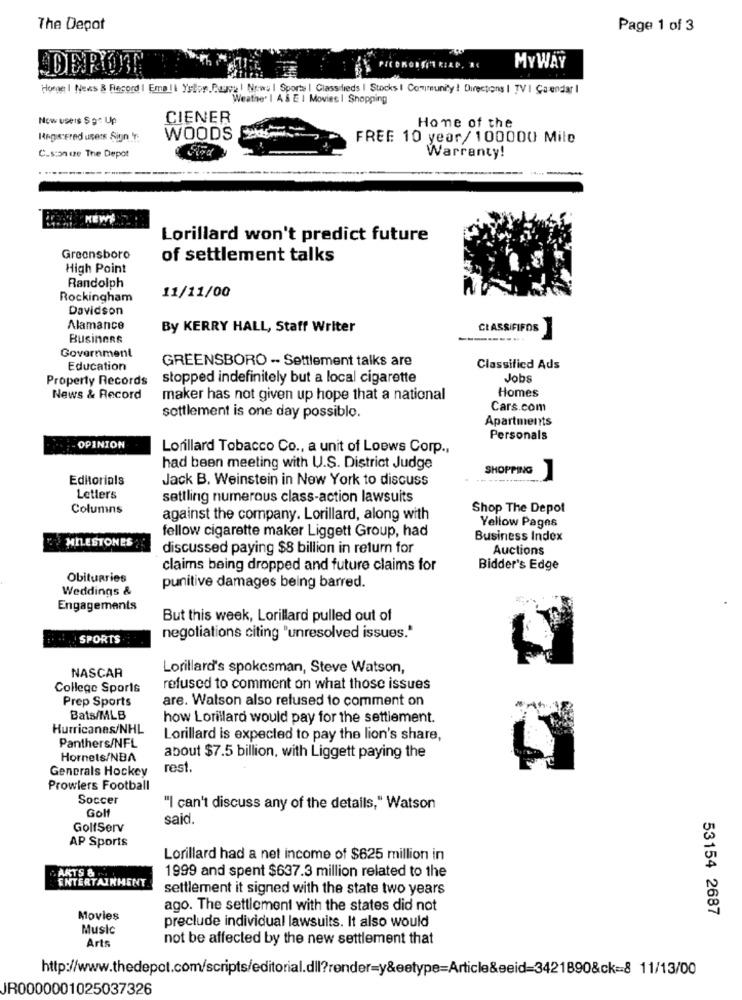
The Depot
Page 1 of 3
DERUT
PICOKONFITRIAD, NC
MYWAY
Home | News & Record | Emall Yrfor Paypal News | Sports | Classifieds | Stocks I Community ! Directions | TV I Calendar I
Weather I A & E 1 Movies | Shopping
Now useis $9^ Up
CIENER
Home of the
Registered users Siun Tr.
WOODS
FREE 10 year/ 100000 Mile
C.sion ize The Depot
Warranty!
-------- +
KEWE
Lorillard won't predict future
Greensboro
of settlement talks
High Point
Randolph
Rockingham
11/11/00
Davidson
Alamance
By KERRY HALL, Staff Writer
CLASSIFIFOS
BusineRs
---.
Government
GREENSBORO -- Settlement talks are
Education
Classified Ads
Property Records
stopped indefinitely but a local cigarette
Jobs
Homes
News & Record
maker has not given up hope that a national
Cars.com
settlement is one day possible.
Apartments
Personals
OPINION
Lorillard Tobacco Co ., a unit of Loews Corp .,
had been meeting with U.S. District Judge
SHOPPING
Editorials
Jack B. Weinstein in New York to discuss
Letters
settling numerous class-action lawsuits
Columns
Shop The Depot
against the company. Lorillard, along with
Yellow Pages
fellow cigarette maker Liggett Group, had
"MILESTONES
Business Index
discussed paying $8 billion in return for
Auctions
claims being dropped and future claims for
Bidder's Edge
Obituaries
Weddings &
punitive damages being barred.
Engagements
But this week, Lorillard pulled out of
SPORTS
negotiations citing "unresolved issues."
Lorillard's spokesman, Steve Watson,
NASCAR
College Sports
refused to comment on what those issues
Prep Sports
are. Walson also refused to comment on
Bats/MLB
how Lorillard would pay for the settlement.
Hurricanes/NHL
Panthers/NFL
Lorillard is expected to pay the lion's share,
Hornets/NBA
about $7.5 billion, with Liggett paying the
Generals Hockey
rest.
Prowlers Football
Soccer
"I can't discuss any of the details," Watson
Golf
said.
GolfServ
AP Sports
Lorillard had a net income of $625 million in
ARTS &
1999 and spent $637.3 million related to the
ENTERTAINMENT
settlement it signed with the state two years
ago. The settlement with the states did not
53154 2687
Movies
Music
preclude individual lawsuits. It also would
Arts
not be affected by the new settlement that
http://www.thedepot.com/scripts/editorial.dll?render=y&eetype=Article&eeid=3421890&ck=8 11/13/00
JR0000001025037326